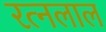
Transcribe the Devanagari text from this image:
रत्नलाल